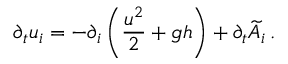
\partial _ { t } u _ { i } = - \partial _ { i } \left( \frac { u ^ { 2 } } { 2 } + g h \right) + \partial _ { t } \widetilde { A } _ { i } \, .